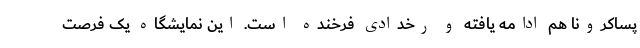
پساکرونا هم ادامه یافته و رخدادی فرخنده است. این نمایشگاه یک فرصت